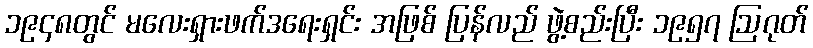
၁၉၄၈တွင် မလေးရှားဖက်ဒရေးရှင်း အဖြစ် ပြန်လည် ဖွဲ့စည်းပြီး ၁၉၅၇ ဩဂုတ်